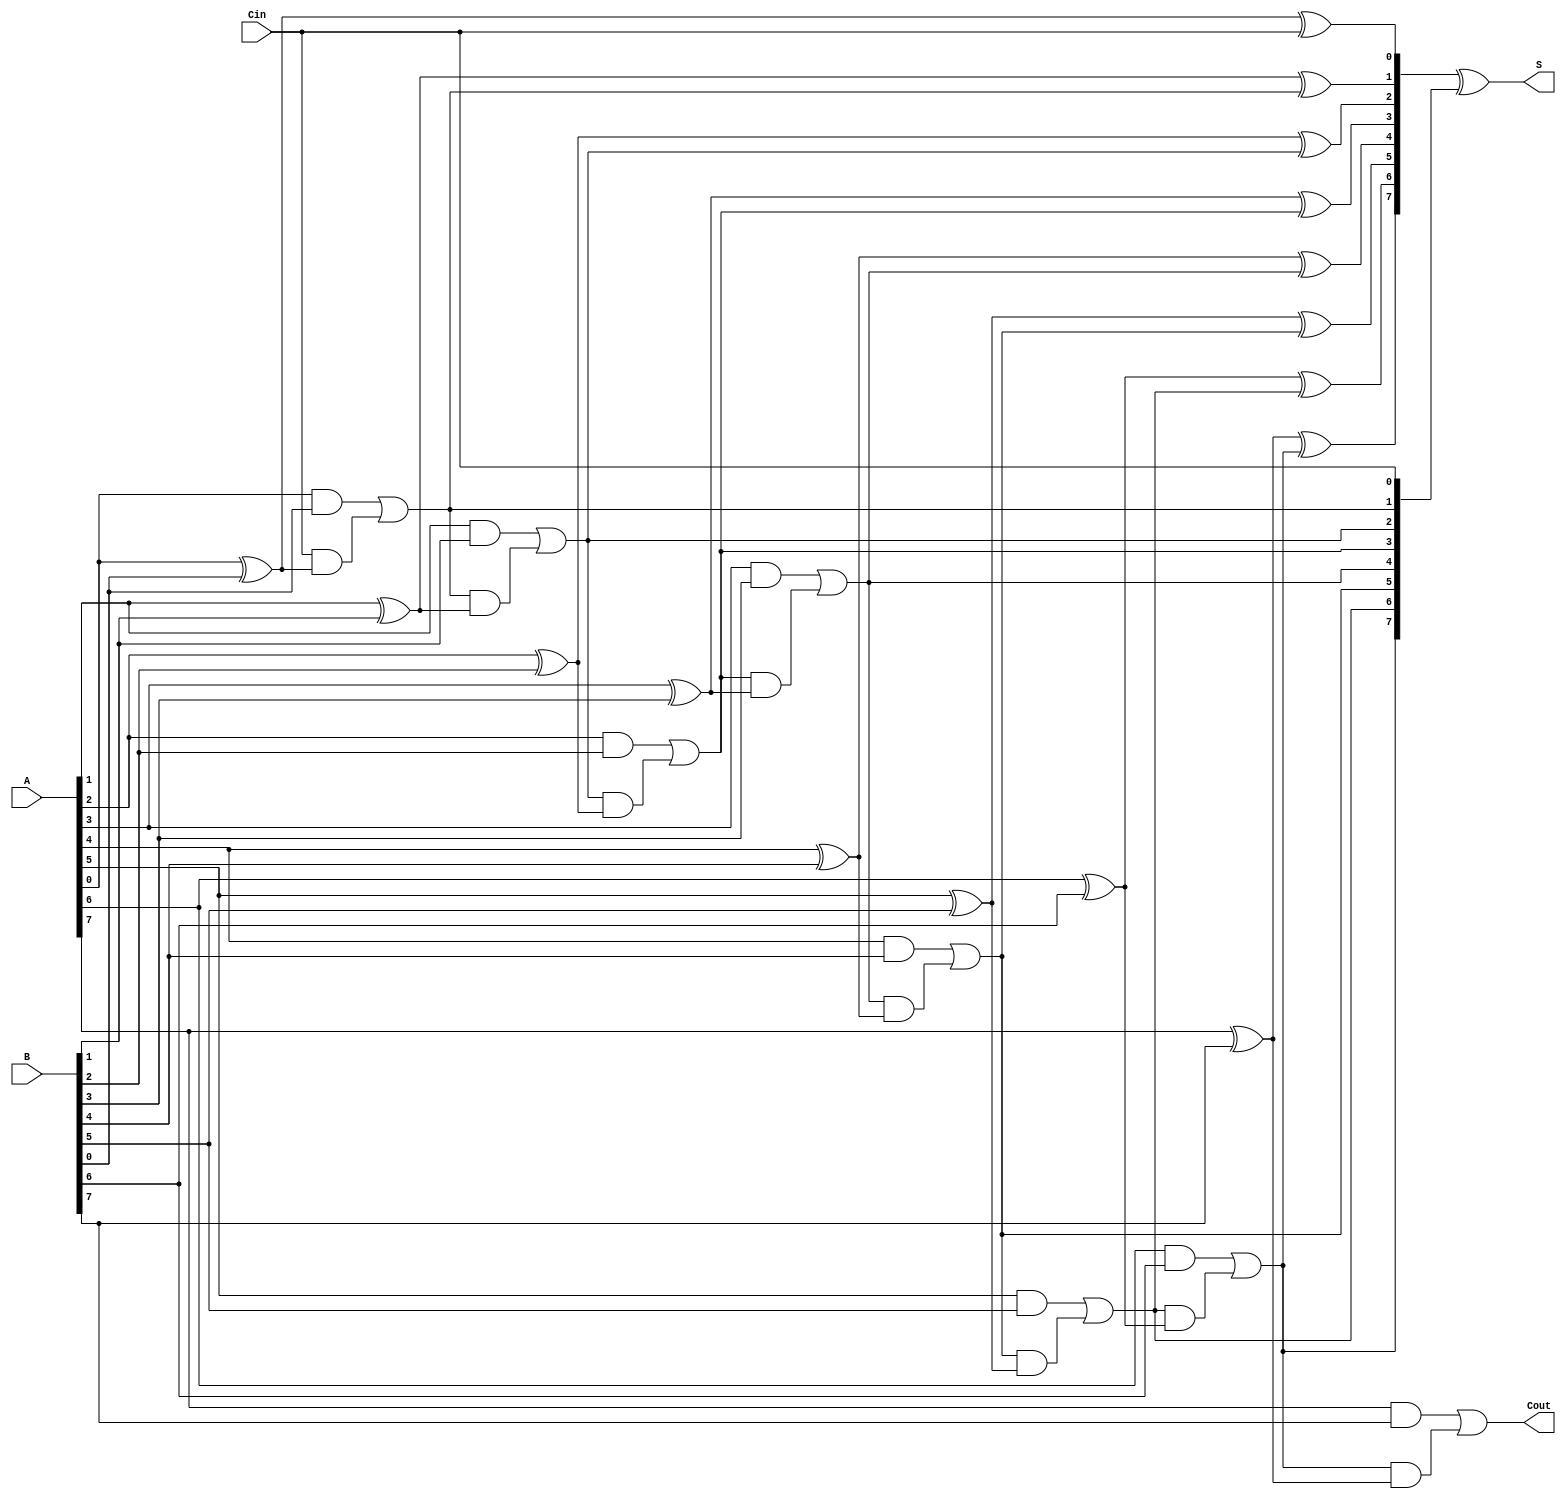
module conditional_sum_adder #(
    parameter n = 8 // Default bit-width
)(
    input  [n-1:0] A,      // First n-bit input
    input  [n-1:0] B,      // Second n-bit input
    input         Cin,      // Carry-in
    output [n-1:0] S,      // Sum output
    output        Cout      // Carry-out
);

    wire [n:0] C;          // Carry signals
    wire [n-1:0] P;        // Partial sums

    // Initial carry
    assign C[0] = Cin;

    // Partial sum calculation and carry generation
    genvar i;
    generate
        for (i = 0; i < n; i = i + 1) begin : CSA
            // Calculate partial sum
            assign P[i] = A[i] ^ B[i] ^ C[i];

            // Carry generation logic
            assign C[i + 1] = (A[i] & B[i]) | (C[i] & (A[i] ^ B[i]));
        end
    endgenerate

    // Final sum output
    assign S = P ^ {C[n-1:0]}; // Adjusting partial sums with the final carry

    // Final carry-out
    assign Cout = C[n];

endmodule